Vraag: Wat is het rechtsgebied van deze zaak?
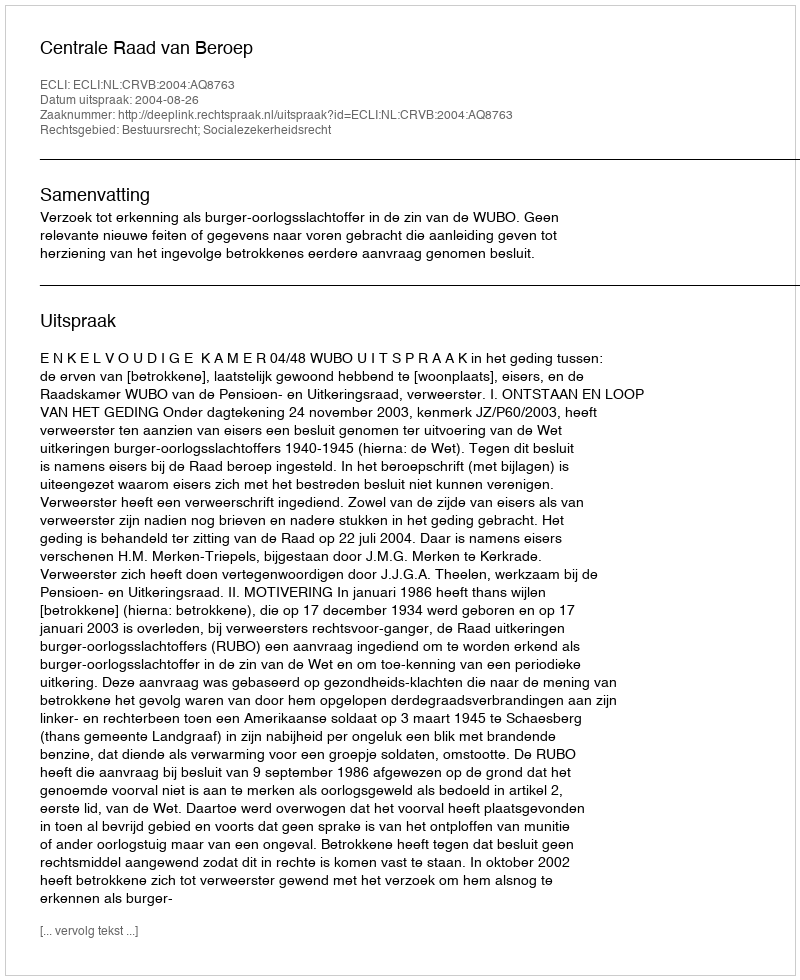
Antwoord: Bestuursrecht; Socialezekerheidsrecht